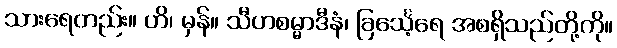
သားရေတည်း။ ဟိ၊ မှန်။ သီဟစမ္မာဒီနံ၊ ခြင်္သေ့ရေ အစရှိသည်တို့ကို။